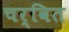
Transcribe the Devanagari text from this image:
चर्वित